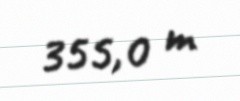
355,0 m